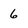
Character: 6